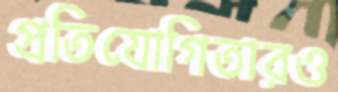
প্রতিযোগিতারও